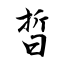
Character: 晢